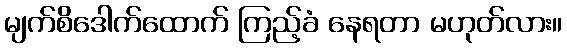
မျက်စိဒေါက်ထောက် ကြည့်ခံ နေရတာ မဟုတ်လား။